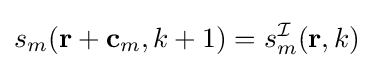
s_{m}(\mathbf {r} +\mathbf {c} _{m},k+1)=s_{m}^{\mathcal {I}}(\mathbf {r} ,k)